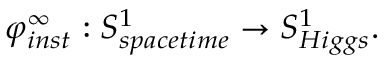
\varphi _ { i n s t } ^ { \infty } : S _ { s p a c e t i m e } ^ { 1 } \rightarrow S _ { H i g g s } ^ { 1 } .